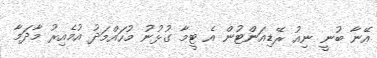
އޭނާ ބުނީ ނިއު ރޭޑިއަންޓުން އެ ޓީމާ ގުޅުނު މުހައްމަދު އުމެއިރު މާދަމާ